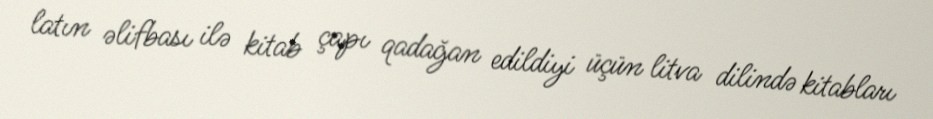
latın əlifbası ilə kitab çapı qadağan edildiyi üçün litva dilində kitabları